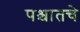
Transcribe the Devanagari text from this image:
पश्चातचे